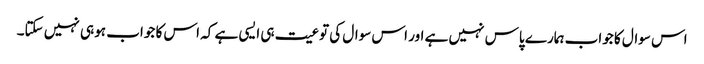
اس سوال کا جواب ہمارے پاس نہیں ہے اور اس سوال کی توعیت ہی ایسی ہے کہ اس کا جواب ہو ہی نہیں سکتا۔